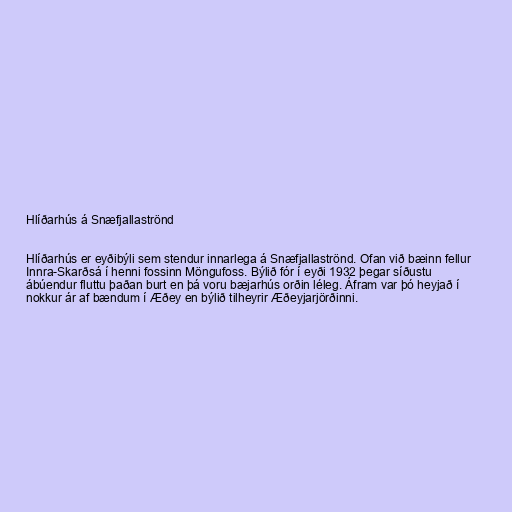
Hlíðarhús á Snæfjallaströnd

Hlíðarhús er eyðibýli sem stendur innarlega á Snæfjallaströnd. Ofan við bæinn fellur
Innra-Skarðsá í henni fossinn Möngufoss. Býlið fór í eyði 1932 þegar síðustu
ábúendur fluttu þaðan burt en þá voru bæjarhús orðin léleg. Áfram var þó heyjað í
nokkur ár af bændum í Æðey en býlið tilheyrir Æðeyjarjörðinni.